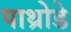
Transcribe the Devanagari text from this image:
पाथ्रोडे